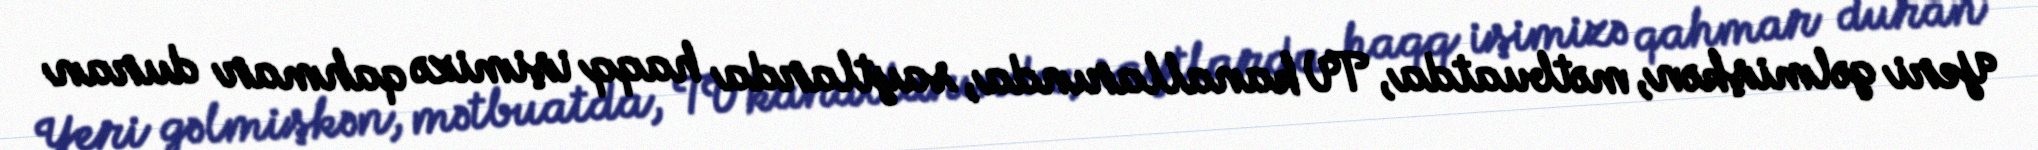
Yeri gəlmişkən, mətbuatda, TV kanallarında, saytlarda haqq işimizə qahmar duran